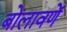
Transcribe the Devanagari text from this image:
बोलावणें